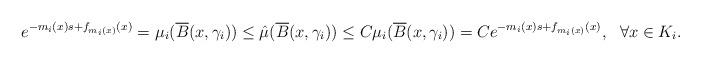
LaTeX: \begin{align*}e^{-m_i(x)s+f_{m_i(x)}(x)}=\mu_i(\overline{B}(x,\gamma_i))\leq\hat{\mu}(\overline{B}(x,\gamma_i))\leq C\mu_i(\overline{B}(x,\gamma_i))=Ce^{-m_i(x)s+f_{m_i(x)}(x)},~~\forall x\in K_i.\end{align*}